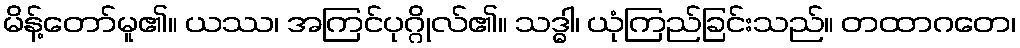
မိန့်တော်မူ၏။ ယဿ၊ အကြင်ပုဂ္ဂိုလ်၏။ သဒ္ဓါ၊ ယုံကြည်ခြင်းသည်။ တထာဂတေ၊